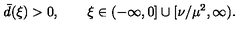
\bar { d } ( \xi ) > 0 , \qquad \xi \in ( - \infty , 0 ] \cup [ \nu / \mu ^ { 2 } , \infty ) .